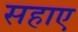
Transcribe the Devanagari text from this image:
सहाए